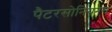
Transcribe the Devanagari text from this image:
पैटरसोनियनस